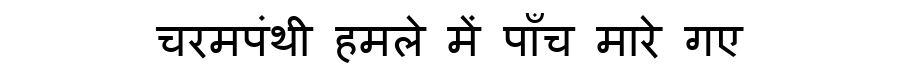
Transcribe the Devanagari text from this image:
चरमपंथी हमले में पाँच मारे गए